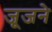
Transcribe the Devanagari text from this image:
जूजने